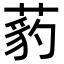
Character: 𦷒